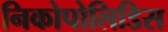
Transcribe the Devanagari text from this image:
निकोपोलिडिस